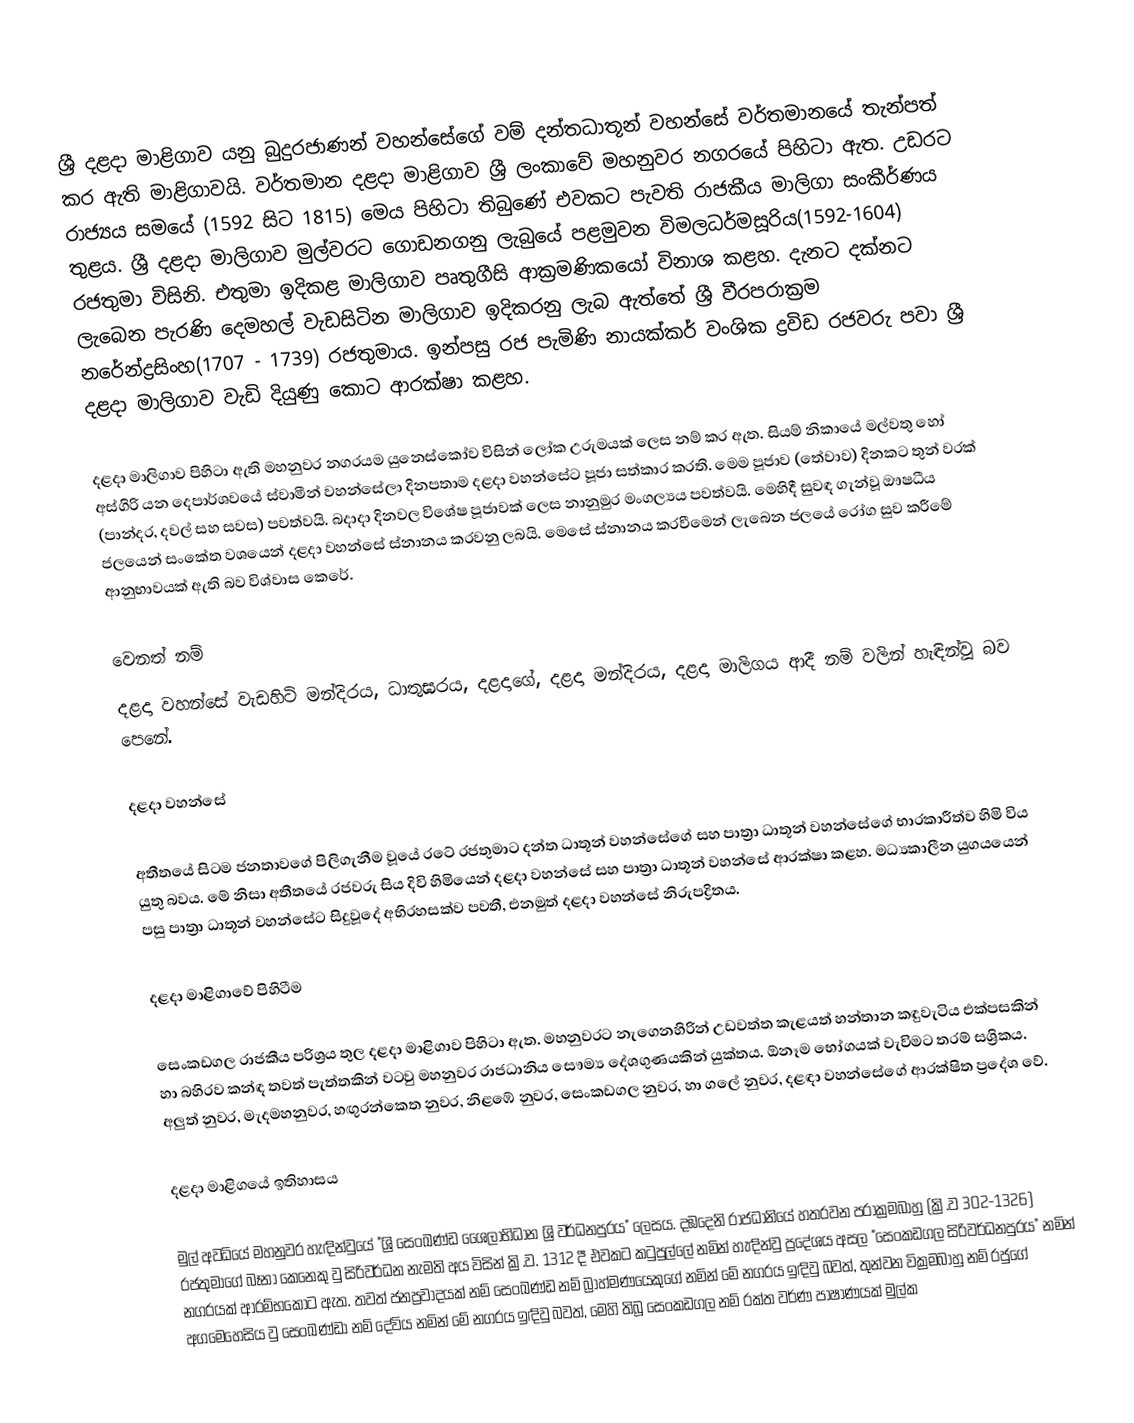
ශ්‍රී දළදා මාළිගාව යනු බුදුරජාණන් වහන්සේගේ  වම් දන්තධාතූන් වහන්සේ වර්තමානයේ තැන්පත් කර ඇති මාළිගාවයි. වර්තමාන දළදා මාළිගාව ශ්‍රී ලංකාවේ මහනුවර නගරයේ පිහිටා ඇත. උඩරට රාජ්‍යය සමයේ (1592 සිට 1815) මෙය පිහිටා තිබුණේ එවකට පැවති රාජකීය මාලිගා සංකීර්ණය තුළය. ශ්‍රී දළදා මාලිගාව මුල්වරට ගොඩනගනු ලැබුයේ පළමුවන විමලධර්මසූරිය(1592-1604) රජතුමා විසිනි. එතුමා ඉදිකළ මාලිගාව පෘතුගීසි ආක්‍රමණික‍යෝ විනාශ කළහ.  දැනට දක්නට ලැබෙන පැරණි දෙමහල් වැඩසිටින මාලිගාව ඉදිකරනු ලැබ ඇත්තේ ශ්‍රී වීරපරාක්‍රම නරේන්ද්‍රසිංහ(1707 - 1739) රජතුමාය. ඉන්පසු රජ පැමිණි නායක්කර් වංශික ද්‍රවිඩ රජවරු පවා ශ්‍රී දළදා මාලිගාව වැඩි දියුණු කොට ආරක්ෂා කළහ.

දළදා මාලිගාව පිහිටා ඇති මහනුවර නගරයම යුනෙස්කෝව විසින් ලෝක උරුමයක් ලෙස නම් කර ඇත. සියම් නිකායේ මල්වතු හෝ අස්ගිරි යන දෙපාර්ශවයේ ස්වාමීන් වහන්සේලා දිනපතාම දළදා වහන්සේට පූජා සත්කාර කරති. මෙම පූජාව (තේවාව) දිනකට තුන් වරක් (පාන්දර, දවල් සහ සවස) පවත්වයි. බදාදා දිනවල විශේෂ පූජාවක් ලෙස නානුමුර මංගල්‍යය පවත්වයි. මෙහිදී සුවඳ ගැන්වූ ඖෂධීය ජලයෙන් සංකේත වශයෙන් දළදා වහන්සේ ස්නානය කරවනු ලබයි. මෙසේ ස්නානය කරවීමෙන් ලැබෙන ජලයේ රෝග සුව කරීමේ ආනුභාවයක් ඇති බව විශ්වාස කෙරේ.

වෙනත් නම්
දළදා වහන්සේ වැඩහිටි මන්දිරය, ධාතුඝරය, දළදාගේ, දළදා මන්දිරය, දළදා මාලිගය ආදී නම් වලින් හැඳින්වූ බව පෙනේ.

දළදා වහන්සේ

අතීතයේ සිටම ජනතාවගේ පිලිගැනීම වූයේ රටේ රජතුමාට දන්ත ධාතූන් වහන්සේගේ සහ පාත්‍රා ධාතූන් වහන්සේගේ භාරකාරීත්ව හිමි විය යුතු බවය. මේ නිසා අතීතයේ රජවරු සිය දිවි හිමියෙන් දළදා වහන්සේ සහ පාත්‍රා ධාතූන් වහන්සේ ආරක්ෂා කළහ. මධ්‍යකාලීන යුගයයෙන් පසු පාත්‍රා ධාතූන් වහන්සේට සිදුවූදේ අභිරහසක්ව පවතී, එනමුත් දළදා වහන්සේ නිරුපද්‍රිතය.

දළදා මාළිගාවේ පිහිටීම

සෙංකඩගල රාජකීය පරිශ්‍රය තුල දළදා මාළිගාව පිහිටා ඇත. මහනුවරට නැගෙනහිරින් උඩවත්ත කැළයත් හන්තාන කඳුවැටිය එක්පසකින් හා බහිරව කන්ඳ තවත් පැත්තකින් වටවු මහනුවර රාජධානිය සෞම්‍ය දේශගුණයකින් යුක්තය. ඕනෑම භෝගයක් වැවිමට තරම් සශ්‍රිකය. අලුත් නුවර, මැදමහනුවර, හඟුරන්කෙත නුවර, නිළඹේ නුවර, සෙංකඩගල නුවර, හා ගලේ නුවර, දළඳා වහන්සේගේ ආරක්ෂිත ප්‍රදේශ වේ.

දළදා මාළිගයේ ඉතිහාසය

මුල් අවධියේ මහනුවර හැඳින්වුයේ "ශ්‍රි සෙංඛණ්ඩ ශෛලාභිධාන ශ්‍රි වර්ධනපුරය" ලෙසය. දඹදෙනි රාජධානියේ හතරවන පරාක්‍රමබාහු (ක්‍රි.ව 302-1326) රජතුමාගේ බෑනා කෙනෙකු වු සිරිවර්ධන නැමති අය විසින් ක්‍රි.ව. 1312 දී එවකට කටුපුල්ලේ නමින් හැඳින්වු ප්‍රදේශය අසල "සෙංකඩගල සිරිවර්ධනපුරය" නමින් නගරයක් ආරම්භකොට ඇත. තවත් ජනප්‍රවාදයක් නම් සෙංඛණ්ඩ නම් බ්‍රාහ්මණයෙකුගේ නමින් මේ නගරය ඉඳිවු බවත්, තුන්වන වික්‍රමබාහු නම් රජුගේ අගමෙහෙසිය වු සෙංඛණ්ඩා නම් දේවිය නමින් මේ නගරය ඉඳිවු බවත්, මෙහි තිබූ සෙංකඩගල නම් රක්ත වර්ණ පාෂාණයක් මුල්ක